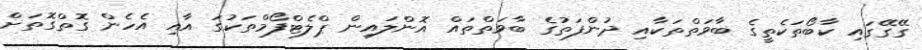
ގޭގޭގައި ކާބޯތަކެތީގެ ބާވަތްތަކާއި ދުންފަތުގެ ބާވަތްތައް އޮންލައިން ޕްލެޓްފޯމްތަކުގަ އާއި އެހެން ގޮތްގޮތަށް